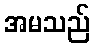
အမသည်